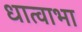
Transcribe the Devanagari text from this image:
धात्वाभा